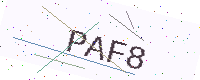
Text: PAF8